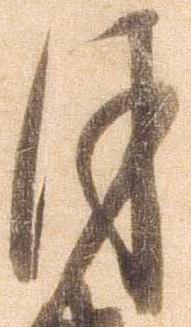
月